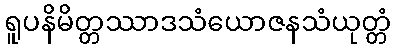
ရူပနိမိတ္တဿာဒသံယောဇနသံယုတ္တံ